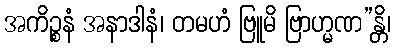
အကိဉ္စနံ အနာဒါနံ၊ တမဟံ ဗြူမိ ဗြာဟ္မဏ”န္တိ၊